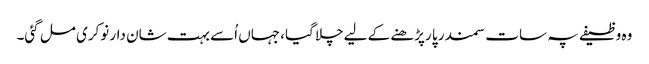
وہ وظیفے پہ سات سمندر پا رپڑھنے کے لیےچلا گیا، جہاں اُسے بہت شان دار نوکری مل گئی۔